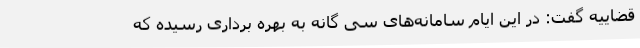
قضاییه گفت: در این ایام سامانه‌های سی گانه به بهره برداری رسیده که